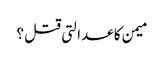
میمن کا عدالتی قتل ؟